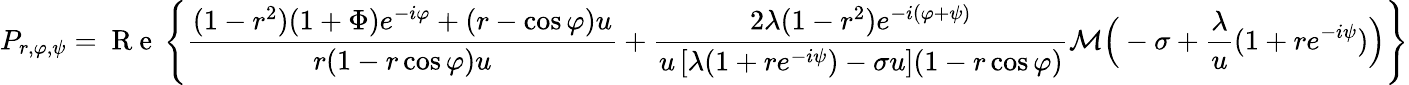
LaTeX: P_{r,\varphi,\psi}=\mathrm{~R~e~}\left\{ \frac{(1-r^{2})(1+\Phi)e^{-i\varphi}+(r-\cos\varphi)u}{r(1-r\cos\varphi)u}+\frac{2\lambda(1-r^{2})e^{-i(\varphi+\psi)}}{u\left[\lambda(1+re^{-i\psi})-\sigma u\right](1-r\cos\varphi)}\mathcal M\Big(-\sigma+\frac{\lambda}{u}(1+re^{-i\psi})\Big)\right\}